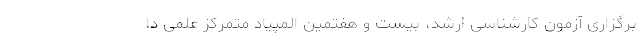
برگزاری آزمون کارشناسی ارشد، بیست و هفتمین المپیاد متمرکز علمی دا